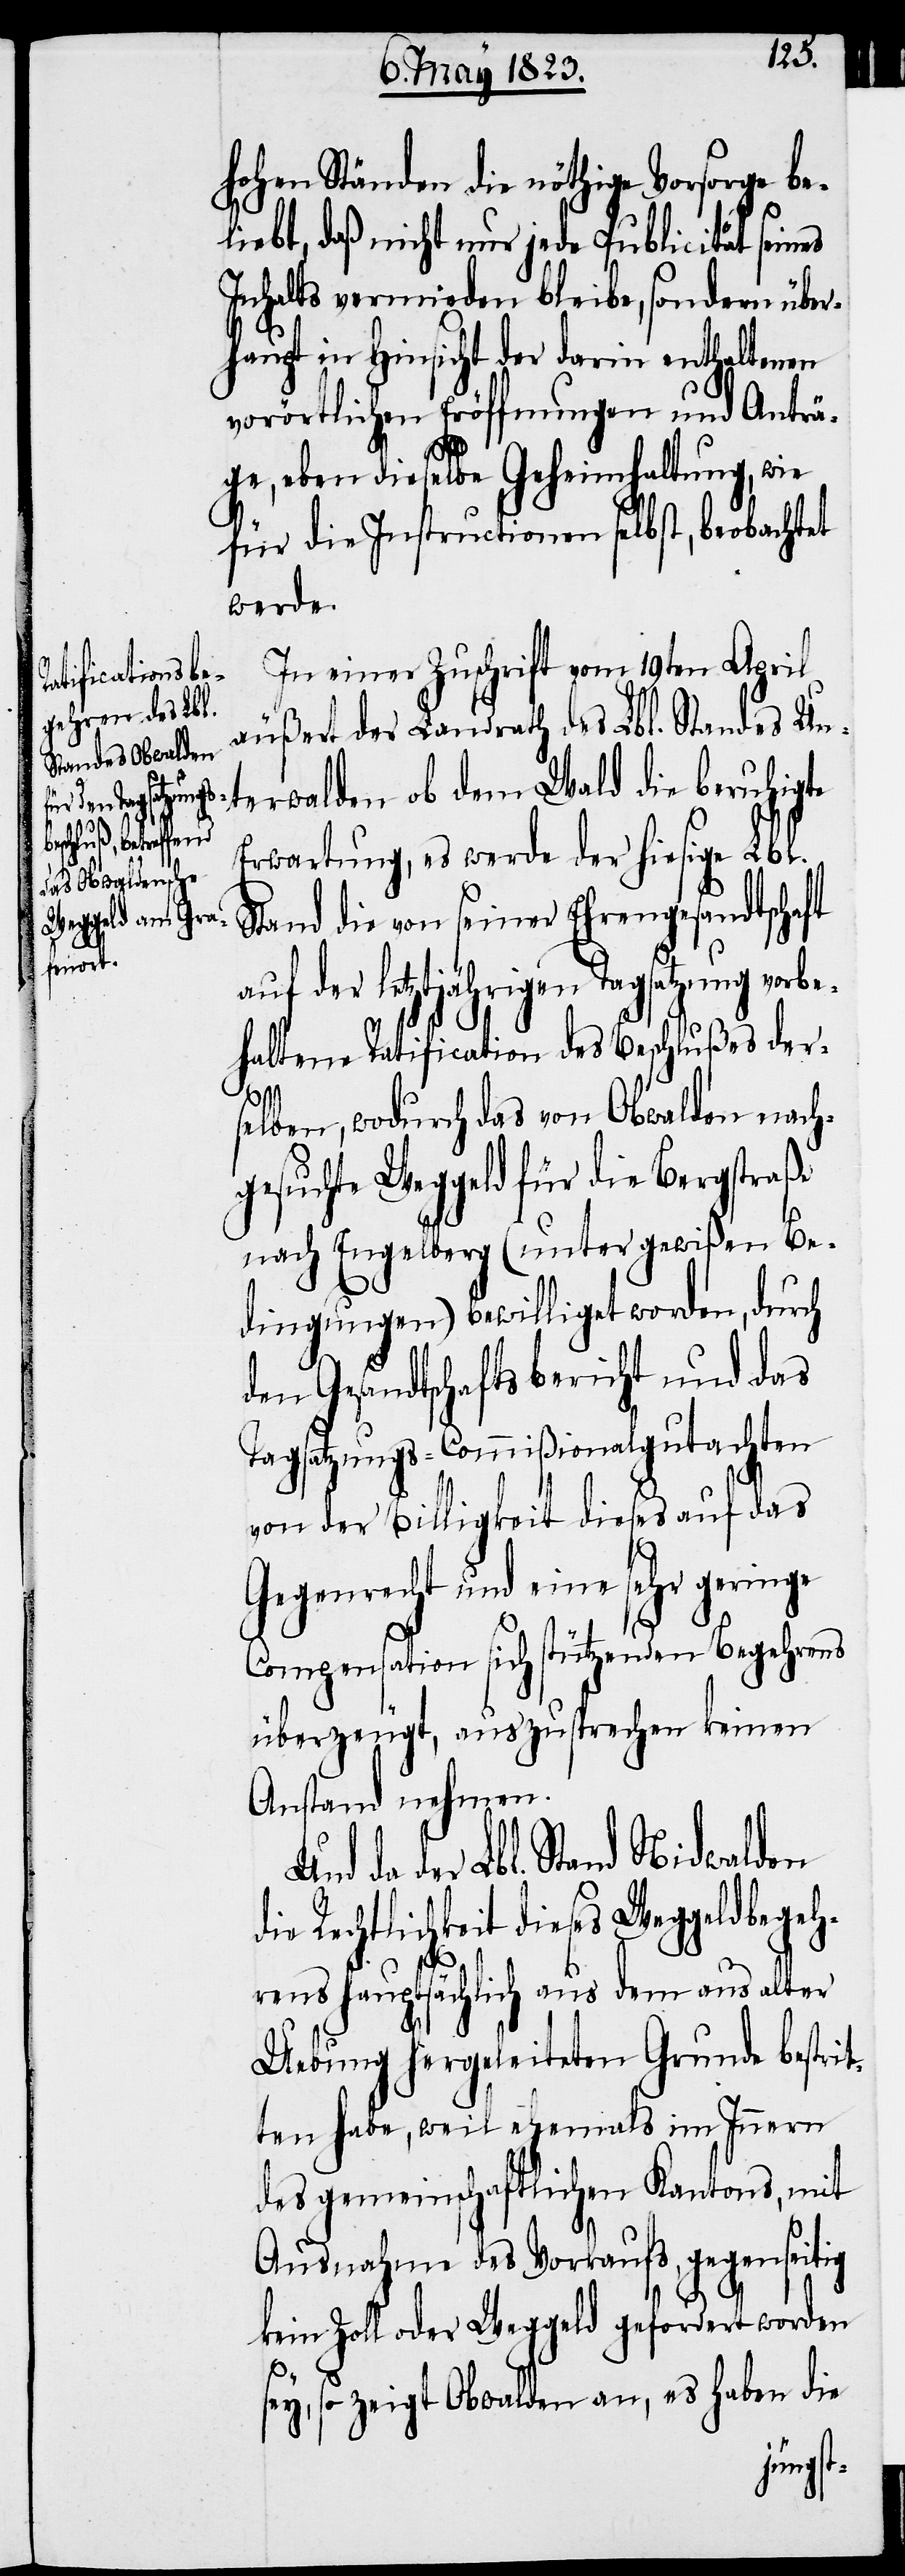
be¬
hohen Ständen die nöthige Vorsorge be¬
liebt, daß nicht nur jede Publicität
Inhalts vermieden bleibe, sondern über¬
haupt in Hinsicht der darin enthaltenen
vorörtlichen Eröffnungen und Anträ¬
ge, eben dieselbe Geheimhaltung, wie
für die Instructionen selbst, beobachtet
werde.
In einer Zuschrift vom 19ten April
äußert der Landrath des Lbl. Standes Un¬
terwalden ob dem Wald die beruhigte
Erwartung, es werde der hiesige Lbl.
Stand die von seiner Ehrengesandtschaft
auf der letztjährigen Tagsatzung vor¬
haltene Ratification des Beschlußes der¬
selben, wodurch das von Obwalden nach¬
gesuchte Weggeld für die Bergstraße
nach Engelberg (unter gewißen Be¬
dingungen) bewilliget worden, durch
den Gesandtschaftsbericht und das
Tagsatzungs-Commißionalgutachten
von der Billigkeit dieses auf das
Gegenrecht und eine sehr geringe
Compensation sich stützenden Begehrens
überzeugt, auszusprechen keinen
Anstand nehmen.
da der Lbl. Stand Nidwalden
Rechtlichkeit dieses Weggeldbegeh¬
rens hauptsächlich aus dem aus alter
Uebung hergeleiteten Grunde bestri¬
tten habe, weil ehemals im Innern
des gemeinschaftlichen Kantons, mit
Ausnahme des Vorkaufs, gegenseitig
kein Zoll oder Weggeld gefordert worden
sey, so zeigt Obwalden an, es haben die